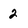
Character: 2